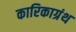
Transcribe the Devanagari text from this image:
कारिकाग्रंथ